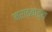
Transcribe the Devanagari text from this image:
मराठवाड्य